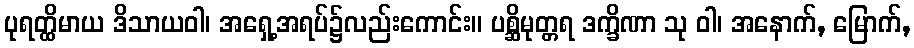
ပုရတ္ထိမာယ ဒိသာယဝါ၊ အရှေ့အရပ်၌လည်းကောင်း။ ပစ္ဆိမုတ္တရ ဒက္ခိဏာ သု ဝါ၊ အနောက်, မြောက်,